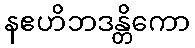
နဧဟိဘဒန္တိကော